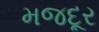
મજદૂર